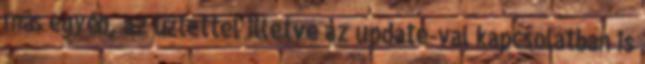
más egyéb, az üzlettel illetve az update-val kapcsolatban is